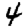
Digit: 4